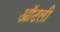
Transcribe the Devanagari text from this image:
ऑटली